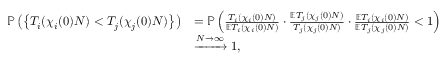
\begin{array} { r l } { \mathbb { P } \left( \left\{ T _ { i } ( \chi _ { i } ( 0 ) N ) < T _ { j } ( \chi _ { j } ( 0 ) N ) \right\} \right) } & { = \mathbb { P } \left( \frac { T _ { i } ( \chi _ { i } ( 0 ) N ) } { \mathbb { E } T _ { i } ( \chi _ { i } ( 0 ) N ) } \cdot \frac { \mathbb { E } T _ { j } ( \chi _ { j } ( 0 ) N ) } { T _ { j } ( \chi _ { j } ( 0 ) N ) } \cdot \frac { \mathbb { E } T _ { i } ( \chi _ { i } ( 0 ) N ) } { \mathbb { E } T _ { j } ( \chi _ { j } ( 0 ) N ) } < 1 \right) } \\ & { \xrightarrow { N \to \infty } 1 , } \end{array}